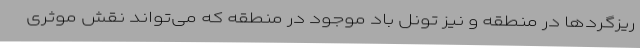
ریزگردها در منطقه و نیز تونل باد موجود در منطقه که می‌تواند نقش موثری